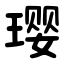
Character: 璎